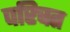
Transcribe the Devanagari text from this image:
परिचत